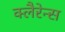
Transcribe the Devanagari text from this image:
क्लैरेन्स